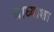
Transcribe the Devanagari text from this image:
साध्याशा